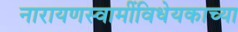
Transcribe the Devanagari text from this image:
नारायणस्वामींविधेयकाच्या